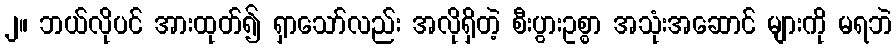
၂။ ဘယ်လိုပင် အားထုတ်၍ ရှာသော်လည်း အလိုရှိတဲ့ စီးပွားဥစ္စာ အသုံးအဆောင် များကို မရဘဲ